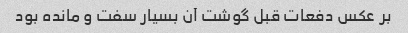
بر عکس دفعات قبل گوشت آن بسیار سفت و مانده بود